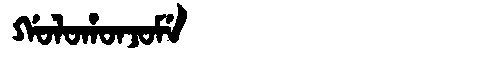
Manchu: ᡤᠣᠯᠣᡥᠣᠨᠵᠣᠮᡝ
Romanization: GOLOHONJOME